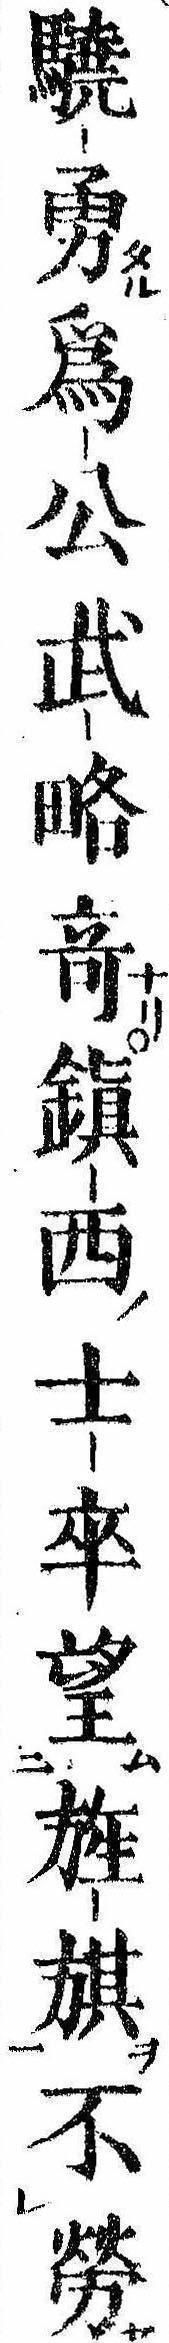
驍勇為公武略奇鎮西士卒望旌旗不労